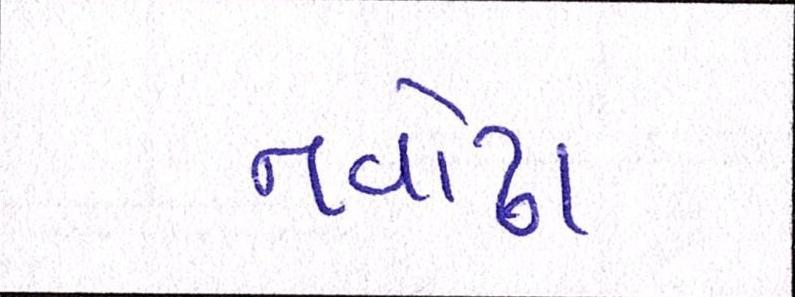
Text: નવોઢા